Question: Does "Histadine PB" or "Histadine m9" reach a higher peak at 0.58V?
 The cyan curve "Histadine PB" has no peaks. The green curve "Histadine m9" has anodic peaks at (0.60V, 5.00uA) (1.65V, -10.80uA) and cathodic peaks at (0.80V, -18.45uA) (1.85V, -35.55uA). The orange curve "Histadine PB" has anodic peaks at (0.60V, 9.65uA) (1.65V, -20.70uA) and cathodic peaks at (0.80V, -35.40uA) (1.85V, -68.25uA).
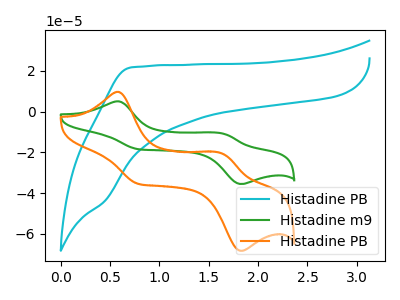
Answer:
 <answer>The peak at 0.58V is higher in "Histadine PB" than in "Histadine m9".</answer>
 <eval>higher</eval>